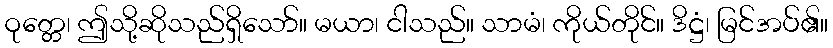
ဝုတ္တေ၊ ဤသို့ဆိုသည်ရှိသော်။ မယာ၊ ငါသည်။ သာမံ၊ ကိုယ်တိုင်။ ဒိဋ္ဌံ၊ မြင်အပ်၏။